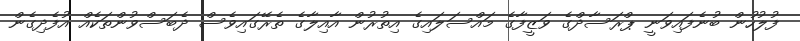
ފުލުހުން ބުނެފައިވަނީ ޕްރަސާދްގެ ވަޒީފާގެ މައްސަލައިގެ އިތުރުން އާއިލާގެ ތެރޭގައިވެސް ދެބަސްވުންތަކެއް އުފެދިގެން